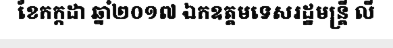
ខែកក្កដា ឆ្នាំ២០១៧ ឯកឧត្តមទេសរដ្ឋមន្ត្រី លី